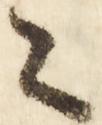
々